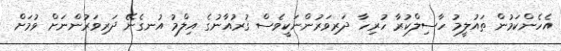
އެހެންކަމުން ތައުލީމު ހާސިލްކުރާ ހުރިހާ ދަރިވަރުންނަކީވެސް ޤުރުއާނުގެ އިލްމު އުނގެނޭ ދަރިވަރުންނަށް ވުމަށް